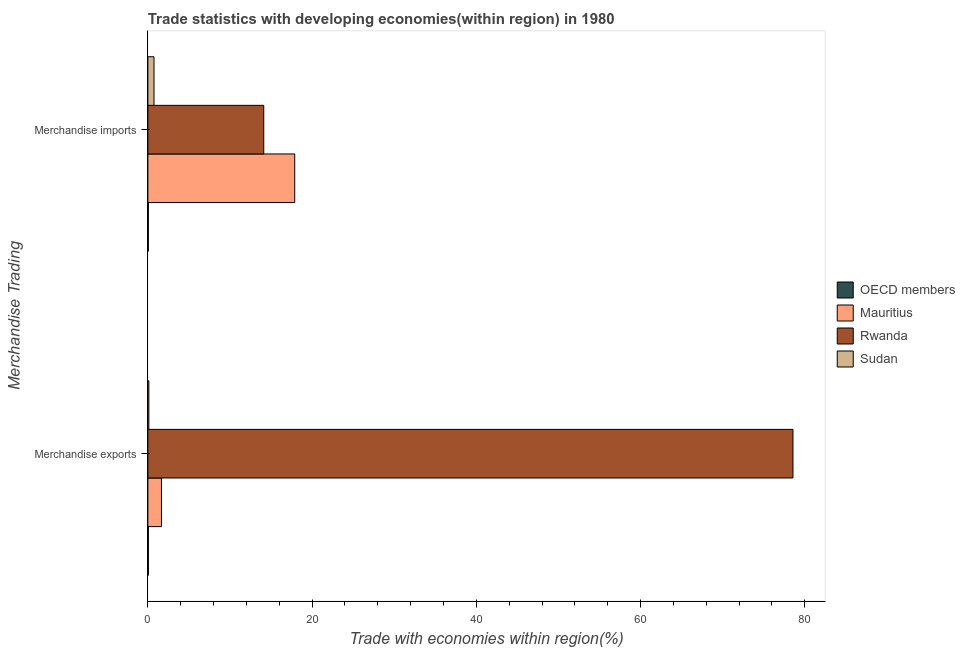
| Merchandise Trading | OECD members | Mauritius | Rwanda | Sudan |
 | --- | --- | --- | --- | --- |
 | Merchandise exports | 0.0668 | 1.66 | 78.6 | 0.122 |
 | Merchandise imports | 0.0601 | 17.9 | 14.1 | 0.747 |